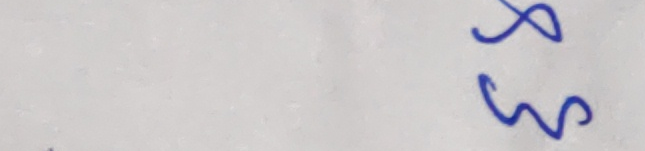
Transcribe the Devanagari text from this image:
६३